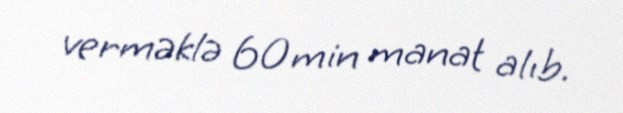
verməklə 60 min manat alıb.